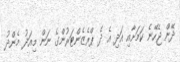
ދޭން ޖެހޭނެ ކަމަށާއި އަދި އެ ދެ ޕްރެޒެންޓަރުންގެ ނަން މިއަދު މެންދު